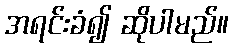
အရင်းခံ၍ ဆိုပါမည်။